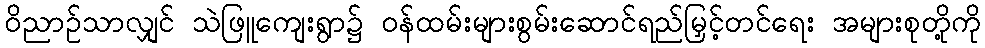
ဝိညာဉ်သာလျှင် သဲဖြူကျေးရွာ၌ ဝန်ထမ်းများစွမ်းဆောင်ရည်မြှင့်တင်ရေး အများစုတို့ကို